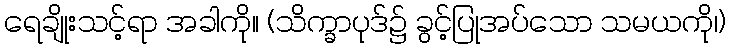
ရေချိုးသင့်ရာ အခါကို။ (သိက္ခာပုဒ်၌ ခွင့်ပြုအပ်သော သမယကို၊)